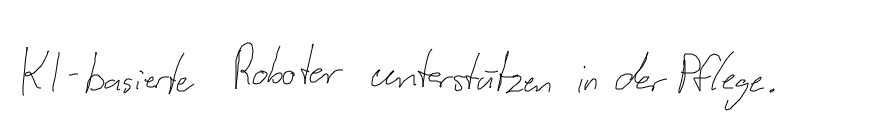
KI-basierte Roboter unterstützen in der Pflege.